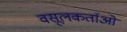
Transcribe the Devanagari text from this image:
वसूलकर्ताओं